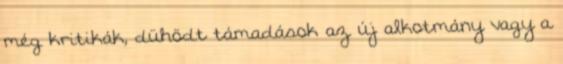
még kritikák, dühödt támadások az új alkotmány vagy a